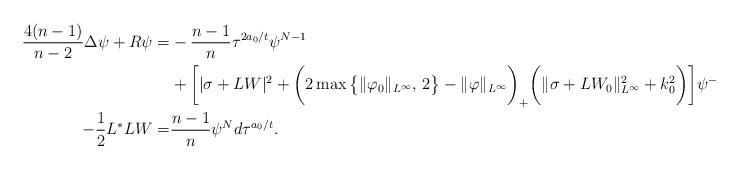
LaTeX: \begin{align*}\aligned\frac{4(n-1)}{n-2}\Delta \psi +R\psi=&-\frac{n-1}{n}\tau^{2a_0/t}\psi^{N-1}\\&+\bigg[|\sigma+LW|^2+\bigg(2\max\big\{\|\varphi_0\|_{L^\infty},\,2\big\}-\|\varphi\|_{L^\infty}\bigg)_+\bigg(\|\sigma+LW_0\|^2_{L^\infty}+k_0^2\bigg)\bigg]\psi^{-N-1},\\-\frac{1}{2}L^*LW=&\frac{n-1}{n}\psi^Nd\tau^{a_0/t}.\endaligned\end{align*}